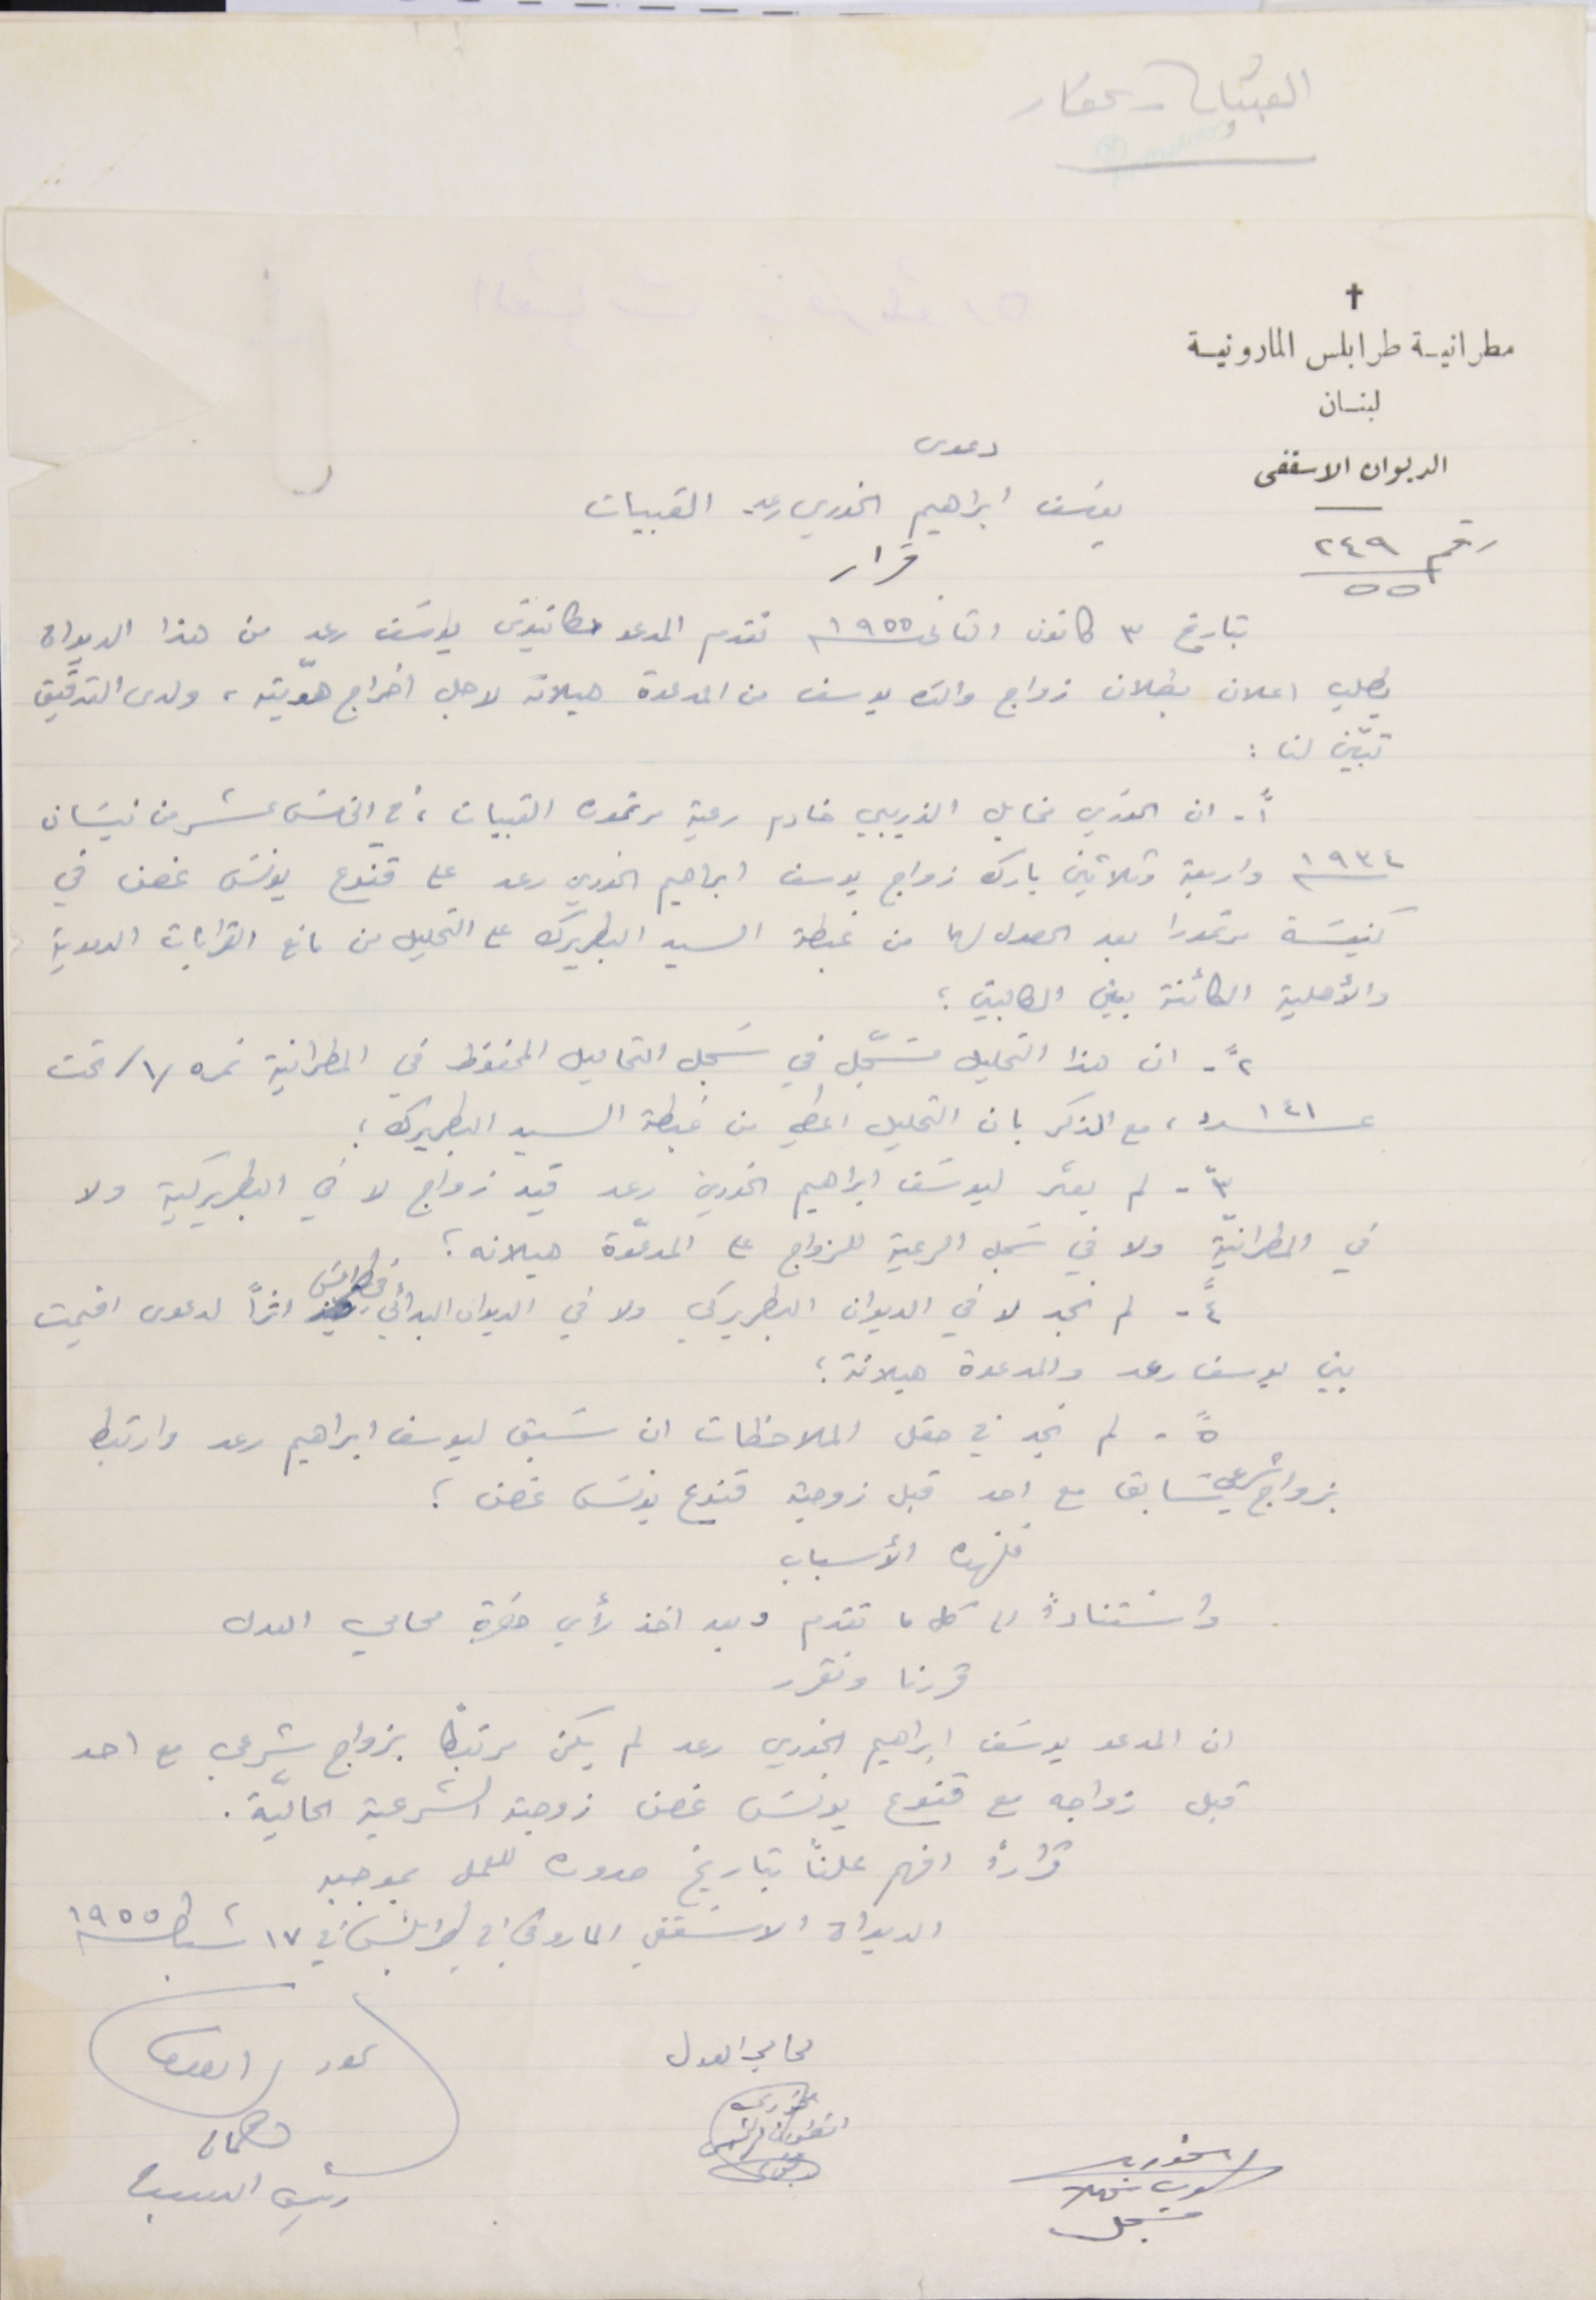
القبيات - عكار
مطرانية طرابلس المارونية لبنان
الديوان الاسقفى
قرار
دعوى يوسَف ابراهيم الخوري رعد - القبيات
بتاريخ ٣ كانون التانى سنة ١٩٥٥ تقدم المدعو امطانيوسَ يوسَف رعد من هذا الديوان
يطلب اعلان بطلان زواج والدَه يوسف من المدعوة هيلانه لاجل اخراج هوّيته، ولدى التدقيق
تبيّن لنا :
١ ً- ان الخوري مخايل الذريبي خادم رعية مرتموره القبيات، في الخامسَ عشر من نيسَان
سنة ١٩٣٤ واربعة وثلاثين بارك زواج يوسف ابراهيم الخوري رعد على قنوع يونسَ غصن في
كنيسَة مرتمورا بعد الحصول لهما من غبطة السيد البطريرك على التحليل من مانع القرابات الدموية
والأهلية الكائنة بين الطالبين ؛

٢ ً- ان هذا التحليل مسجَّل في سَجل التحاليل المحفوظ في المطرانية نمره /١/ تحت
عدد ١٤١، مع الذكر بان التحليل اعطي من غبطة السيد البطريرك ؛
في المطرانيّة ولا في سَجل الرعية للزواج على المدعوّة هيلانه ؛
بين يو سف رعد والمدعوة هيلانة ؛
بزواج شرعي سَابق مع احد قبل زوجته قنوع يونسَ غصن ؛
فلهذه الأسباب
واستنادًا عل كل ما تقدم وبعد اخذ رأي حضرة محامي العدل
ان المدعو يوسَف ابراهيم الخوري رعد لم يكن مرتبطاً بزواج شرعي مع احد
قبل زواجه مع قنوع يونسَ غصن زوجته الشرعية الحاليّة.
قرارًا افهم علنًا بتاريخ صدوره للعمل بموجبه
الديوان الاسَقفي الماروني في طربلس في ١٧ شباط سنة ١٩٥٥
محامي العدل الخوري انطون
الخوري
 مسَجل
رئيس الديوان
رقم ٢٤٩/٥٥
٣ ً - لم يعثر ليوسَف ابراهيم الخوري رعد قيد زواج لا في البطريركية ولا
٤ ً - لم نجد لا في الديوان البطريركي ولا في الديوان البدائي في طرابلسَ اثراً لدعوى اقيمت
٥ ً - لم نجد في حقل الملاحظات ان سَبق ليوسف ابراهيم رعد وارتبط
قررنا ونقرر